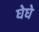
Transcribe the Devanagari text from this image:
घेघे